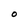
Character: 0